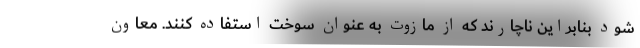
شود بنابراین ناچارند که از مازوت به عنوان سوخت استفاده کنند. معاون